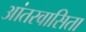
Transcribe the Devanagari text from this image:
आंतरवासिता